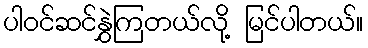
ပါဝင်ဆင်နွှဲကြတယ်လို့ မြင်ပါတယ်။